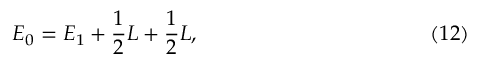
E _ { 0 } = E _ { 1 } + { \frac { 1 } { 2 } } L + { \frac { 1 } { 2 } } L , \eqno ( 1 2 )